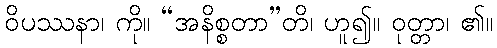
ဝိပဿနာ၊ ကို။ “အနိစ္စတာ”တိ၊ ဟူ၍။ ဝုတ္တာ၊ ၏။